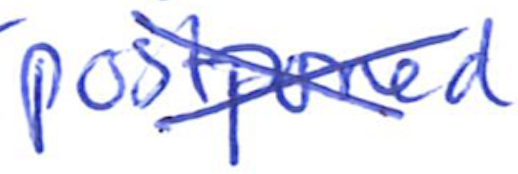
Text: postponed
Cross-out: cross
Writing tool: ballpoint